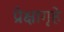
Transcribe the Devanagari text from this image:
प्रेक्षागृहे